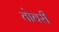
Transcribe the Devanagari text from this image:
तोवरी